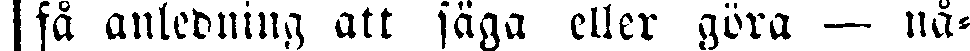
¦ sä anledning att fäga eller göra — nå-